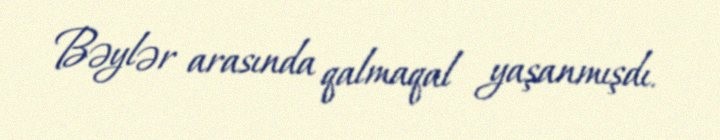
Bəylər arasında qalmaqal yaşanmışdı.